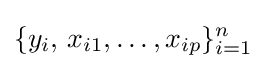
\{y_{i},\,x_{i1},\ldots ,x_{ip}\}_{i=1}^{n}